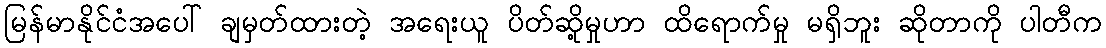
မြန်မာနိုင်ငံအပေါ် ချမှတ်ထားတဲ့ အရေးယူ ပိတ်ဆို့မှုဟာ ထိရောက်မှု မရှိဘူး ဆိုတာကို ပါတီက